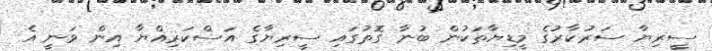
ސީރިޔާ ސަރުކާރުގެ މީޑިޔާތަކުން ބުނާ ގޮތުގައި ސީރިޔާގެ އަސްކަރިއްޔާ އިން ވަނީ އެ